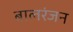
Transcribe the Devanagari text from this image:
बालरंजन